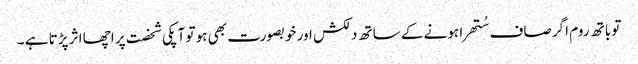
تو باتھ روم اگر صاف سُتھرا ہونے کے ساتھ دلکش اور خوبصورت بھی ہو تو آپکی شخصت پر اچھا اثر پڑتا ہے ۔